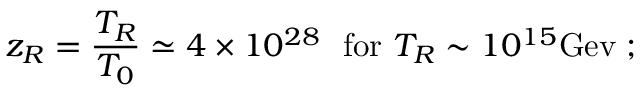
z _ { R } = \frac { T _ { R } } { T _ { 0 } } \simeq 4 \times 1 0 ^ { 2 8 } ~ ~ \mathrm { f o r } ~ T _ { R } \sim 1 0 ^ { 1 5 } \mathrm { G e v } \; ;